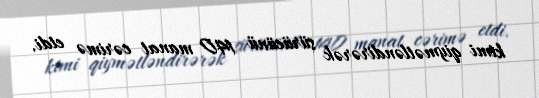
kimi qiymətləndirərək sürücünü 140 manat cərimə etdi.